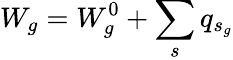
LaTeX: W_{g}=W_{g}^{0}+\sum_{s}q_{s_{g}}